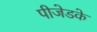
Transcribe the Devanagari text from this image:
पीजेडके